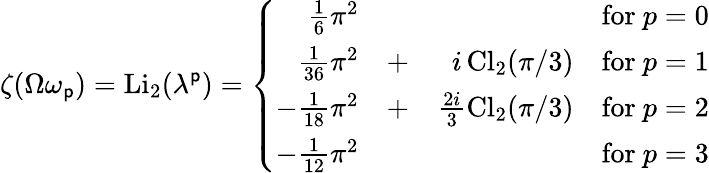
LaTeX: \zeta(\Omega\omega_{\mathsf{p}})=\mathrm{{Li}}_{2}(\lambda^{\mathsf{p}})=\left\{ \begin{array}{rrrr}{{\frac 16\pi^{2}}}&{{}}&{{}}&{{\mathrm{for~}p=0}}\\ {{\frac 1{36}\pi^{2}}}&{{+}}&{{i\, \mathrm{Cl}_{2}(\pi/3)}}&{{\mathrm{for~}p=1}}\\ {{-\frac 1{18}\pi^{2}}}&{{+}}&{{\frac{2i}{3}\mathrm{Cl}_{2}(\pi/3)}}&{{\mathrm{for~}p=2}}\\ {{-\frac 1{12}\pi^{2}}}&{{}}&{{}}&{{\mathrm{for~}p=3}}\end{array}\right.